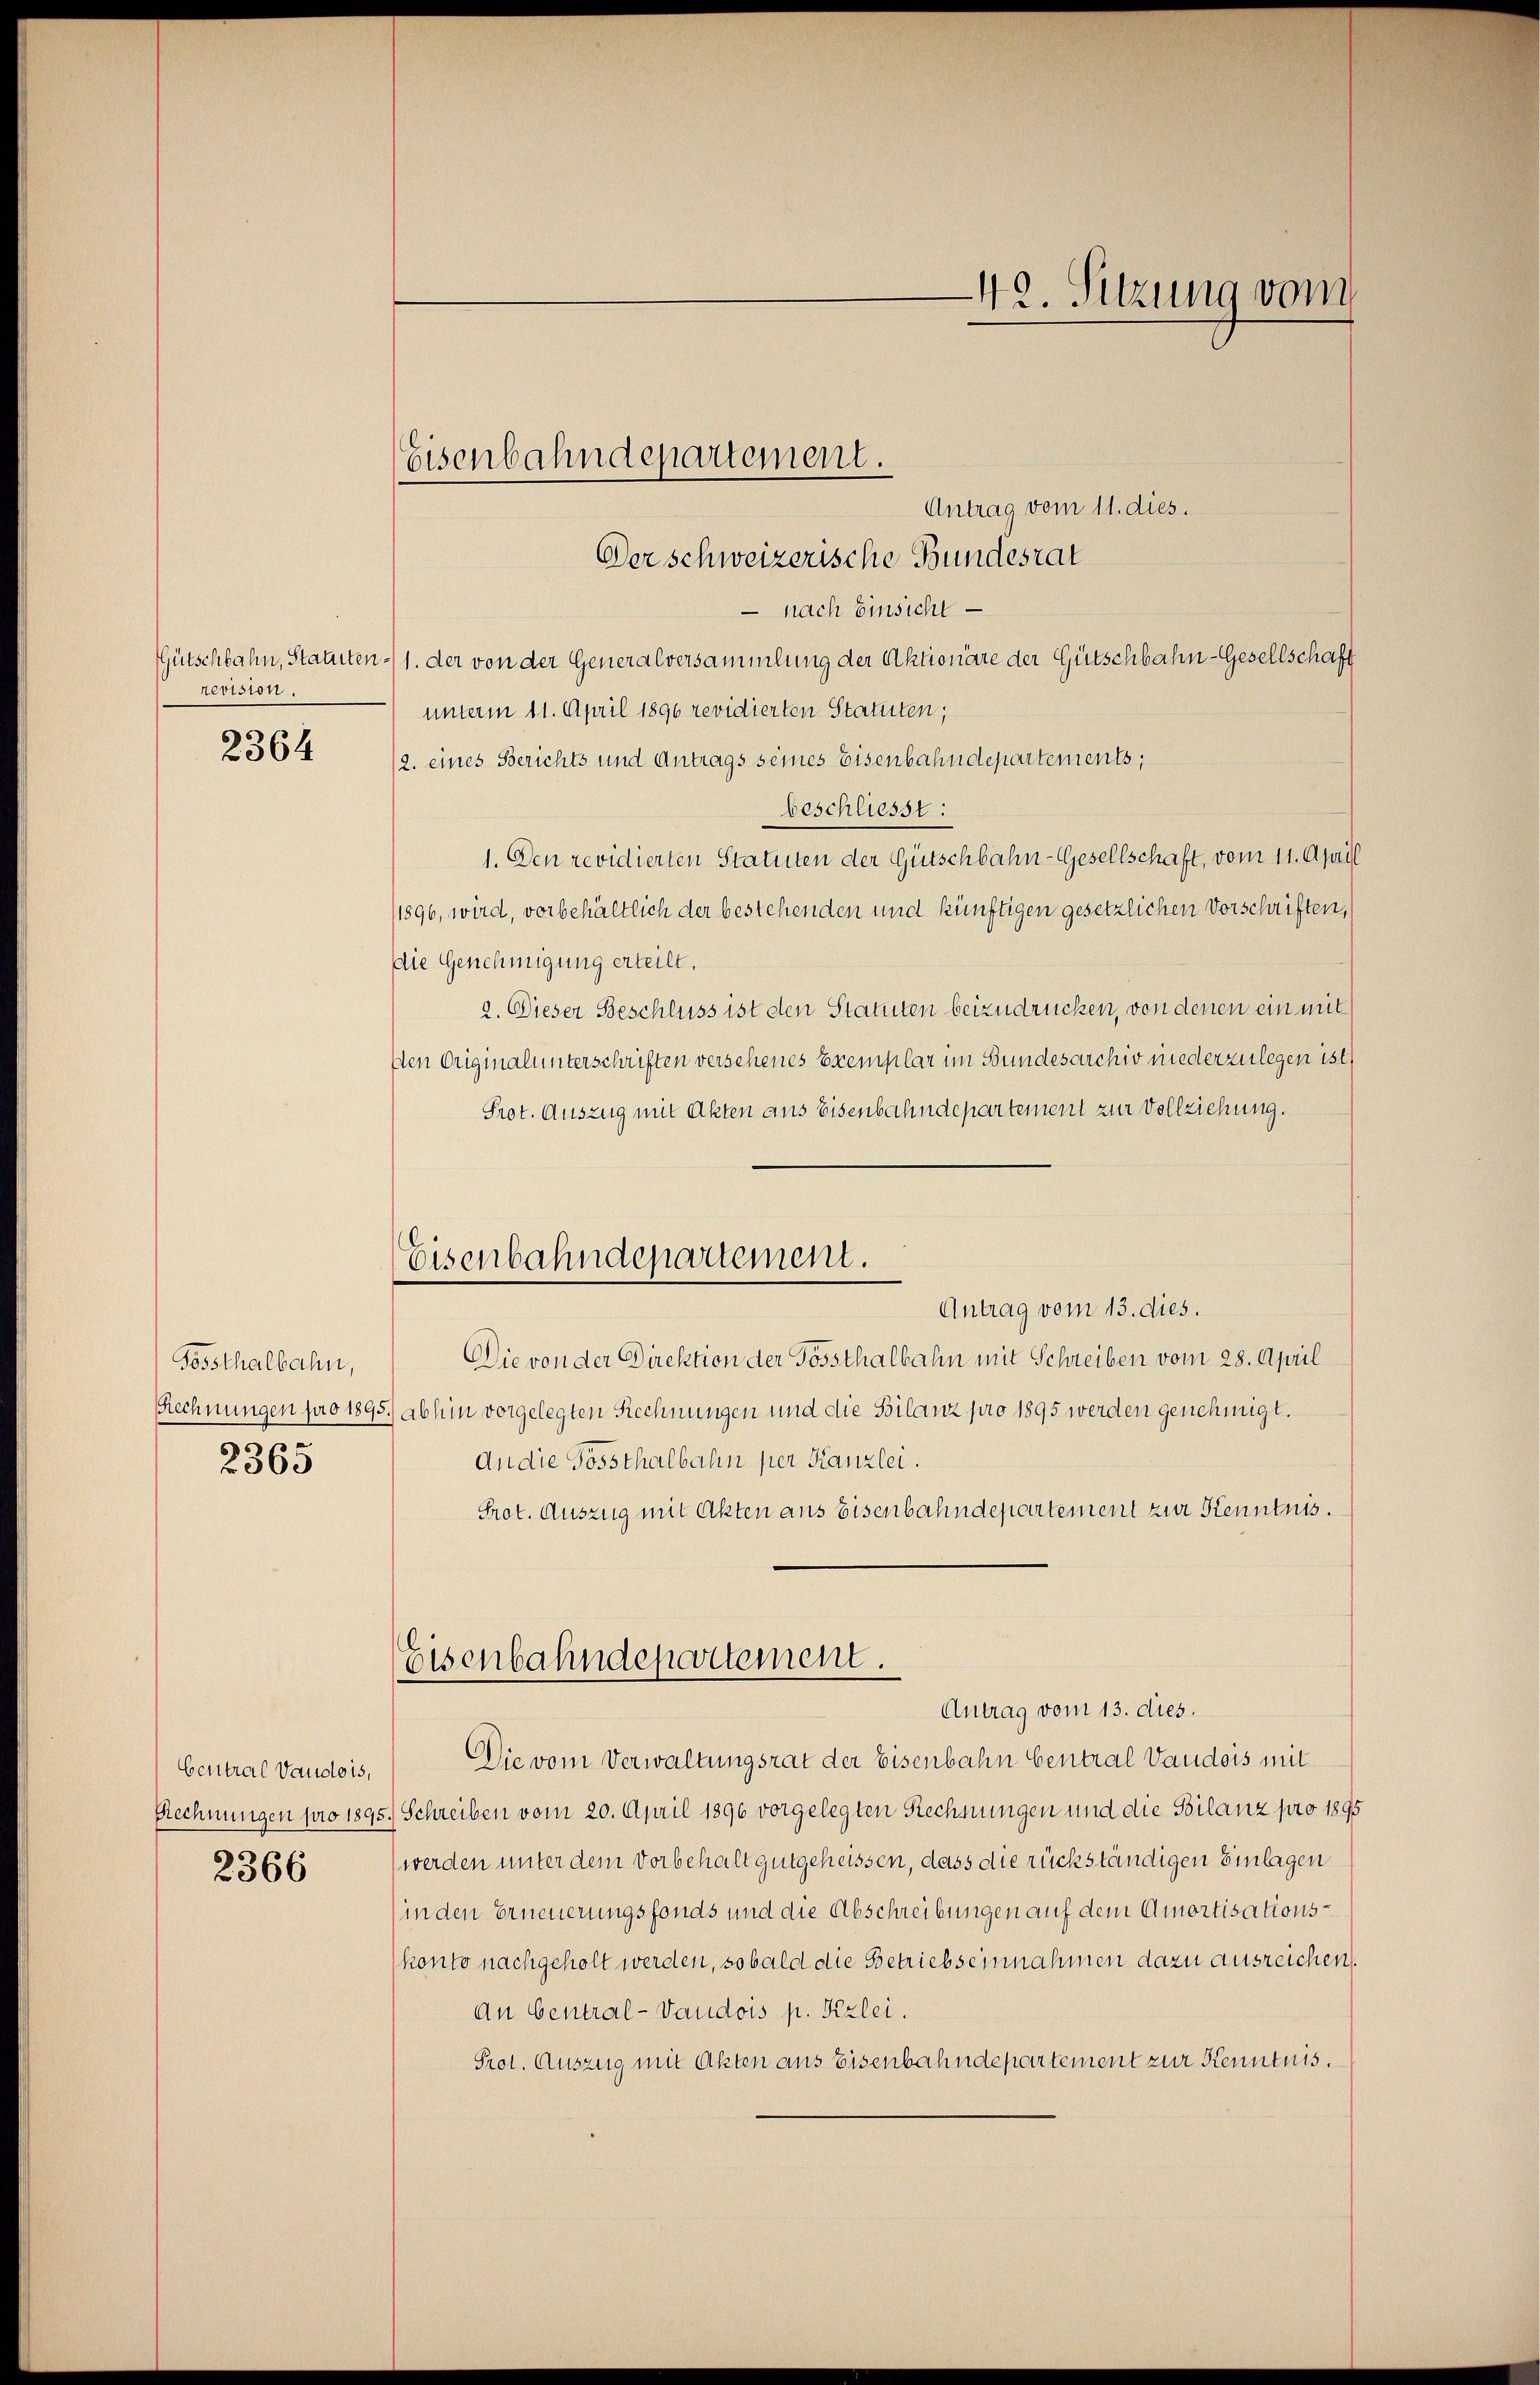
revision.

2364

Fossthalbahn,
s
236

Rechnungen pro 189
2366

Antrag vom 11. dies.
Der schweizerische Bundesrat
 nach Einsicht
Gütschbahn, Statuten 1. der von der Generalversammlung der Aktionäre der Gütschbahn-Gesellschaft
unterm 11. April 1896 revidierten Statuten;
(2. eines Berichts und Antrags seines Eisenbahndepartements;
beschliesst:
1. Den revidierten Statuten der Gütschbahn-Gesellschaft, vom 11. April
1896, wird, vorbehältlich der bestehenden und künftigen gesetzlichen Vorschriften,
Die Genehmigung erteilt.
2. Dieser Beschluss ist den Statuten beizudrücken, von denen ein mit
Den Originalunterschriften versehenes Exemplar im Bundesarchiv niederzulegen ist,
Prot. Auszug mit Akten aus Eisenbahndepartement zur Vollziehung.
Antrag vom 13. dies.
Die von der Direktion der Possthalbahn mit Schreiben vom 28. April
Rechnungen pro 1895. abhin vorgelegten Rechnungen und die Bilanz pro 1895 werden genehmigt.
An die Fossthalbahn per Kanzlei.
Prot. Auszug mit Akten aus Eisenbahndepartement zur Kenntnis.
Eisenbahndepartement.
Antrag vom 13. dies.
Central Vaudois. Die vom Verwaltungsrat der Eisenbahn Central Vaudois mit
15.) Schreiben vom 20. April 1890 vorgelegten Rechnungen und die Bilanz pro 1895
werden unter dem Vorbehalt gutgeheissen, dass die rückständigen Einlagen
(in den Erneuerungsfonds und die Abschreibungen auf dem Amortisationskonto nachgeholt werden, sobald die Betrieb seinnahmen dazu ausreichen,
An Central-Vaudois p. Kzlei.
Prot. Auszug mit Akten aus Eisenbahndepartement zur Kenntnis.

Eisenbahndepartement.

Eisenbahndepartement.

—42. Sitzung vom